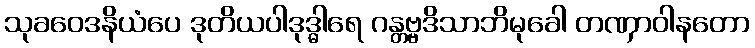
သုခဝေဒနိယံပေ ဒုတိယပါဒုဒ္ဓါရေ ဂန္တဗ္ဗဒိသာဘိမုခေါ တဏှာဝါနတော